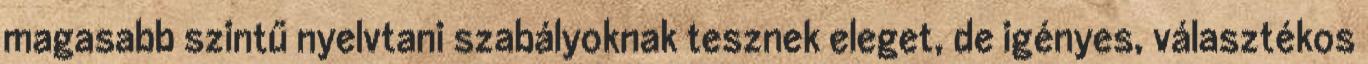
magasabb szintű nyelvtani szabályoknak tesznek eleget, de igényes, választékos